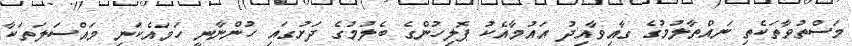
މަސްތުވާތަކެތި ނައްތާލުމުގެ ގާއިވާއިދު އައުމާއެކު ޕޮލިހުންގެ ބެލުމުގެ ދަށުގައި ހުންނާނީ ހަމައެކަނި މައްސަލަތަކާ